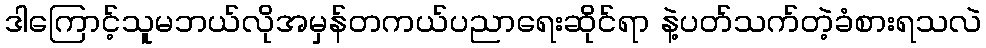
ဒါကြောင့်သူမဘယ်လိုအမှန်တကယ်ပညာရေးဆိုင်ရာ နဲ့ပတ်သက်တဲ့ခံစားရသလဲ